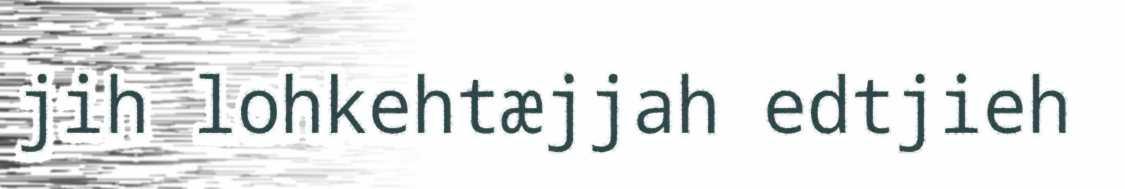
jih lohkehtæjjah edtjieh